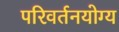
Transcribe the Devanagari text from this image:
परिवर्तनयोग्य